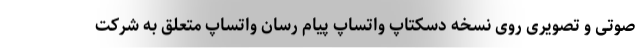
صوتی و تصویری روی نسخه دسکتاپ واتساپ پیام رسان واتساپ متعلق به شرکت